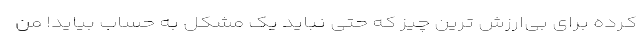
کرده برای بی‌ارزش ترین چیز که حتی نباید یک مشکل به حساب بیاید! من